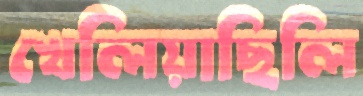
খেলিয়াছিলি